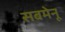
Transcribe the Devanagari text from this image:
सबमेनू